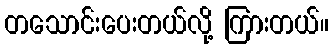
တသောင်းပေးတယ်လို့ ကြားတယ်။